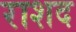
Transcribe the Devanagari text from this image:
राशद